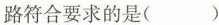
路符合要求的是( )